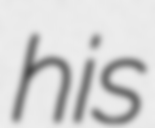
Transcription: his